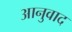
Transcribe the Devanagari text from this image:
आनुवाद